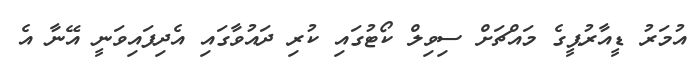
އުމަރު ޑީއާރުޕީގެ މައްޗަށް ސިވިލް ކޯޓުގައި ކުރި ދައުވާގައި އެދިފައިވަނީ އޭނާ އެ